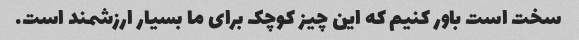
سخت است باور کنیم که این چیز کوچک برای ما بسیار ارزشمند است.